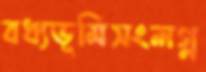
বধ্যভূমিসংলগ্ন